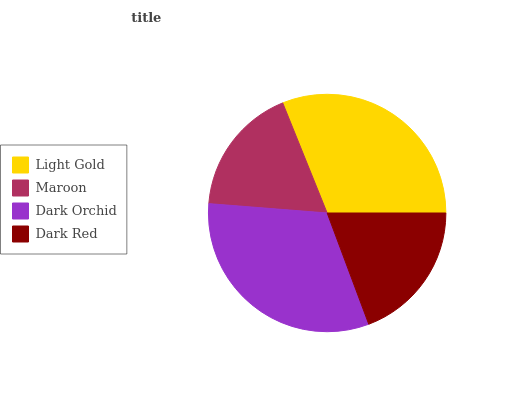
| Light Gold | Maroon | Dark Orchid | Dark Red |
 | --- | --- | --- | --- |
 | 31.1% | 17.7% | 32% | 19.3% |